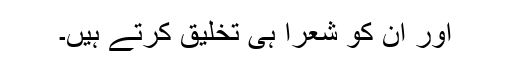
اور ان کو شعرا ہی تخلیق کرتے ہیں۔